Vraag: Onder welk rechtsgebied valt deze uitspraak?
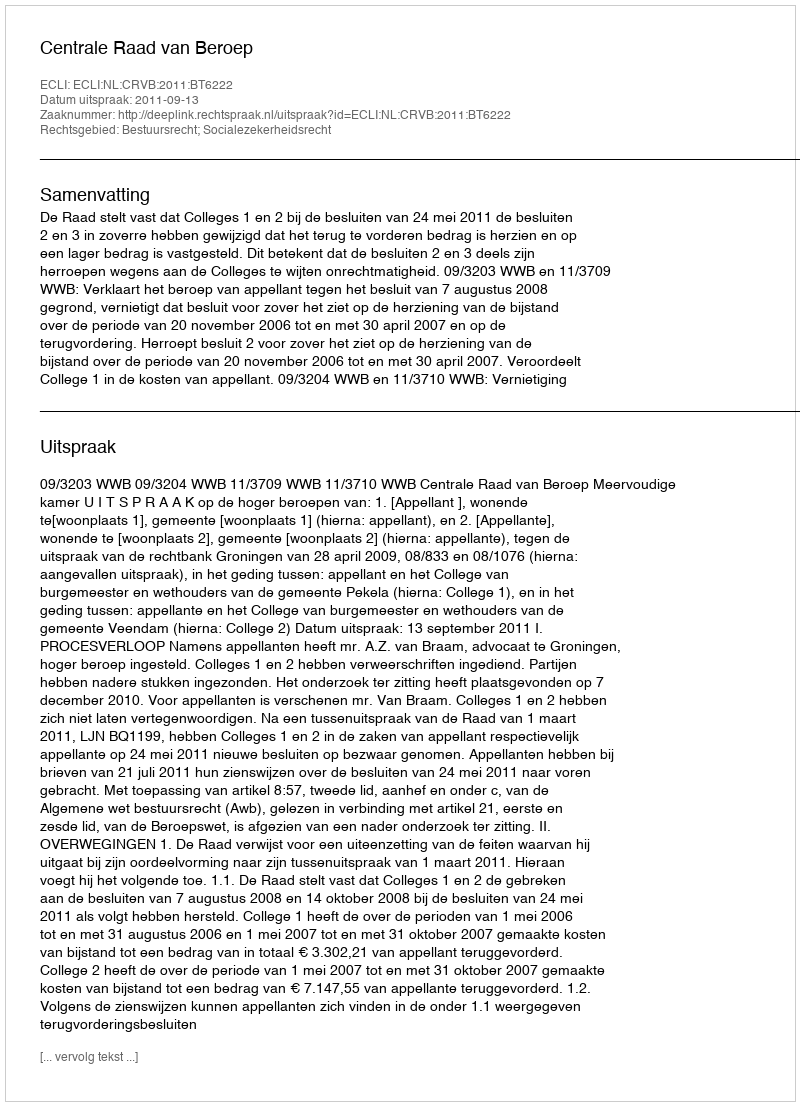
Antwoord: Bestuursrecht; Socialezekerheidsrecht